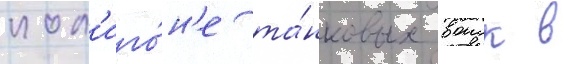
пол'иго́н'е та́нковых воиск в